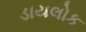
ડાયલોક